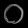
Digit: ၀